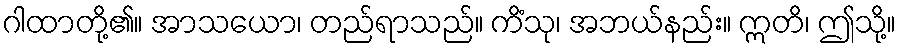
ဂါထာတို့၏။ အာသယော၊ တည်ရာသည်။ ကိံသု၊ အဘယ်နည်း။ ဣတိ၊ ဤသို့။